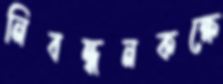
নিবন্ধনকক্ষে